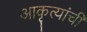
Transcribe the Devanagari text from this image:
आकृत्यांची